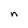
Character: n